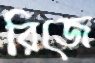
রিজে